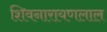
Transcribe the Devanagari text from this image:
शिवनारायणलाल